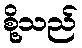
စို့သည်